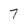
Character: 7